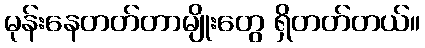
မုန်းနေတတ်တာမျိုးတွေ ရှိတတ်တယ်။